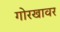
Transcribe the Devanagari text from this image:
गोरखावर